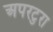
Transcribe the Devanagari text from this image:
अपरटुरा